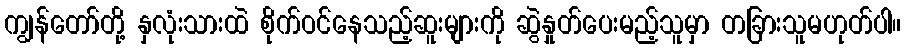
ကျွန်တော်တို့ နှလုံးသားထဲ စိုက်ဝင်နေသည့်ဆူးများကို ဆွဲနှုတ်ပေးမည့်သူမှာ တခြားသူမဟုတ်ပါ။